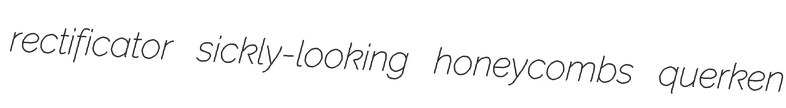
rectificator sickly-looking honeycombs querken